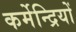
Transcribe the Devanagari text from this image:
कर्मेन्द्रियों